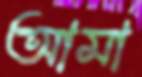
আমা